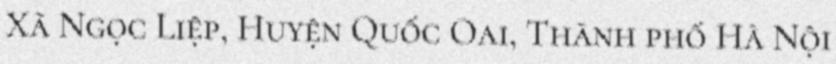
Xã Ngọc Liệp, Huyện Quốc Oai, Thành phố Hà Nội